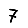
Digit: 7